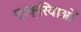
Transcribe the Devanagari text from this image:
प्रक्रियाओँ